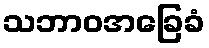
သဘာဝအခြေခံ